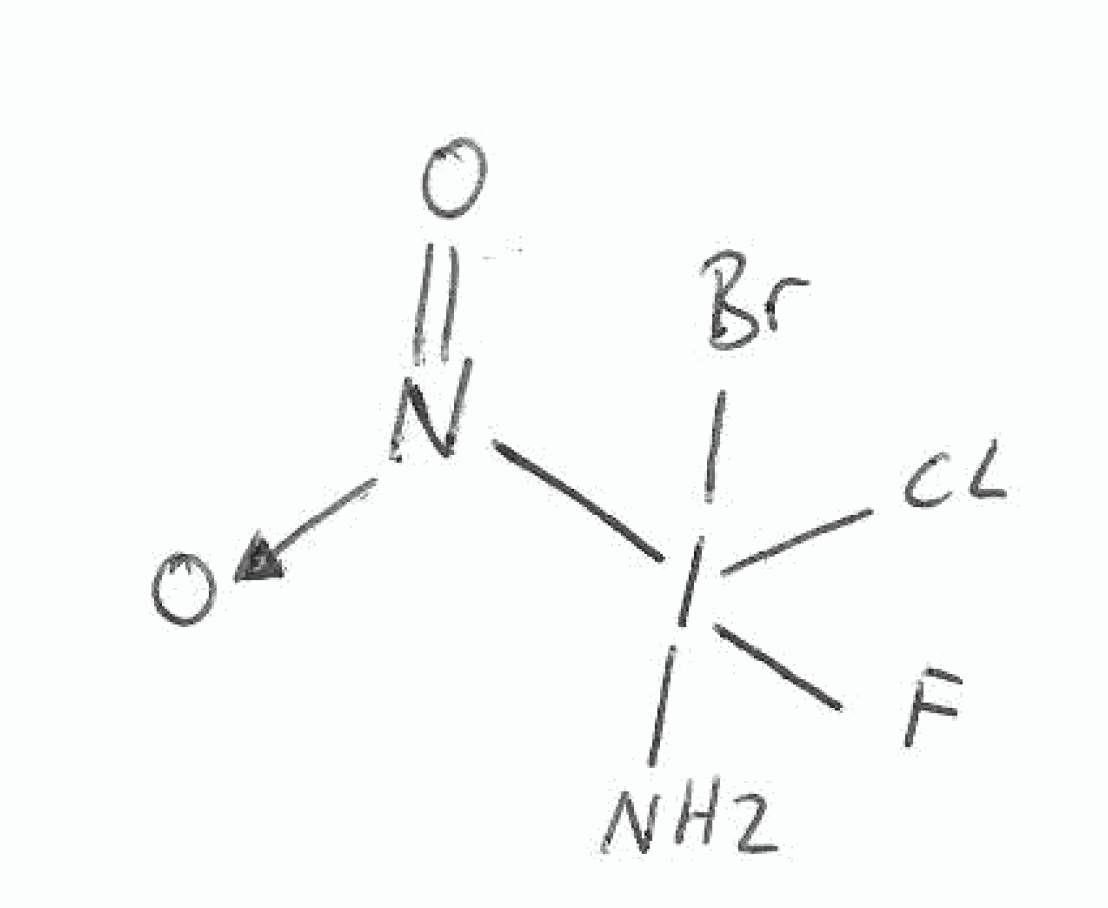
Simplified molecular-input line-entry system (SMILES) notation of the given molecule:
NI([N+](=O)[O-])(F)(Cl)Br